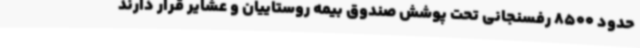
حدود 8500 رفسنجانی تحت پوشش صندوق بیمه روستاییان و عشایر قرار دارند